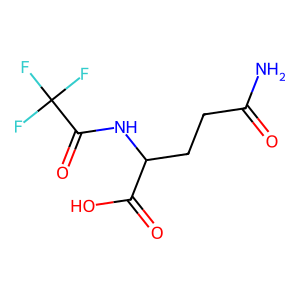
SMILES: NC(=O)CCC(NC(=O)C(F)(F)F)C(=O)O
Inhibits HIV replication: No